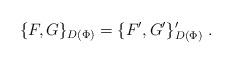
LaTeX: \begin{align*}\{F,G\}_{D(\Phi)}=\{F',G'\}'_{D(\Phi)}\;.\end{align*}